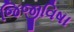
જિજીવિષા